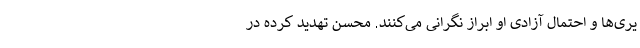
یری‌ها و احتمال آزادی او ابراز نگرانی می‌کنند. محسن تهدید کرده در